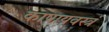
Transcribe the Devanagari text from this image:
काषायवस्त्रं